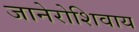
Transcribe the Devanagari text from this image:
जानेरोशिवाय